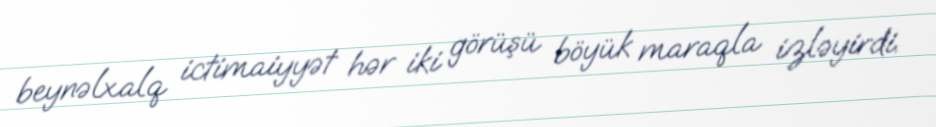
beynəlxalq ictimaiyyət hər iki görüşü böyük maraqla izləyirdi.